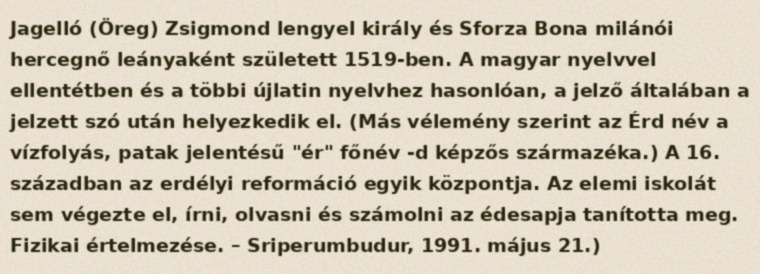
Jagelló (Öreg) Zsigmond lengyel király és Sforza Bona milánói hercegnő leányaként született 1519-ben. A magyar nyelvvel ellentétben és a többi újlatin nyelvhez hasonlóan, a jelző általában a jelzett szó után helyezkedik el. (Más vélemény szerint az Érd név a vízfolyás, patak jelentésű "ér" főnév -d képzős származéka.) A 16. században az erdélyi reformáció egyik központja. Az elemi iskolát sem végezte el, írni, olvasni és számolni az édesapja tanította meg. Fizikai értelmezése. – Sriperumbudur, 1991. május 21.)